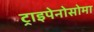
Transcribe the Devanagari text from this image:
ट्राइपेनोसोमा